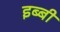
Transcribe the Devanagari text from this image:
इब्बी